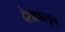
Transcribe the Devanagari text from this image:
देशापासुन